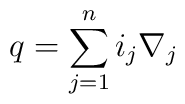
q = \sum_{j=1}^{n}{i_j \nabla_j}